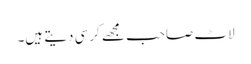
لاٹ صاحب مجھے کرسی دیتے ہیں۔